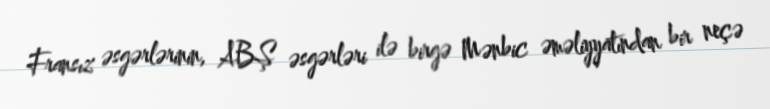
Fransız əsgərlərinin, ABŞ əsgərləri ilə birgə Mənbic əməliyyatından bir neçə